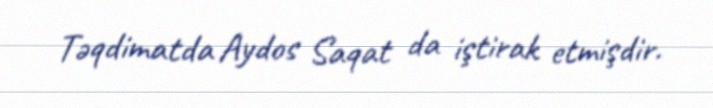
Təqdimatda Aydos Saqat da iştirak etmişdir.